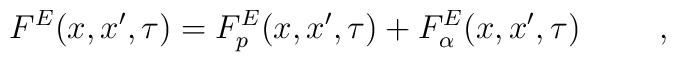
F^E (x, x^{\prime}, \tau) = F_p^E(x, x^{\prime}, \tau)+ F_{\alpha}^E (x,x^{\prime}, \tau) \hspace{1cm},